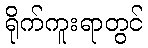
ရိုက်ကူးရာတွင်